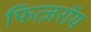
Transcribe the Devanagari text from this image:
फित्ज़रॉय